Juri_Uluots, lk 73
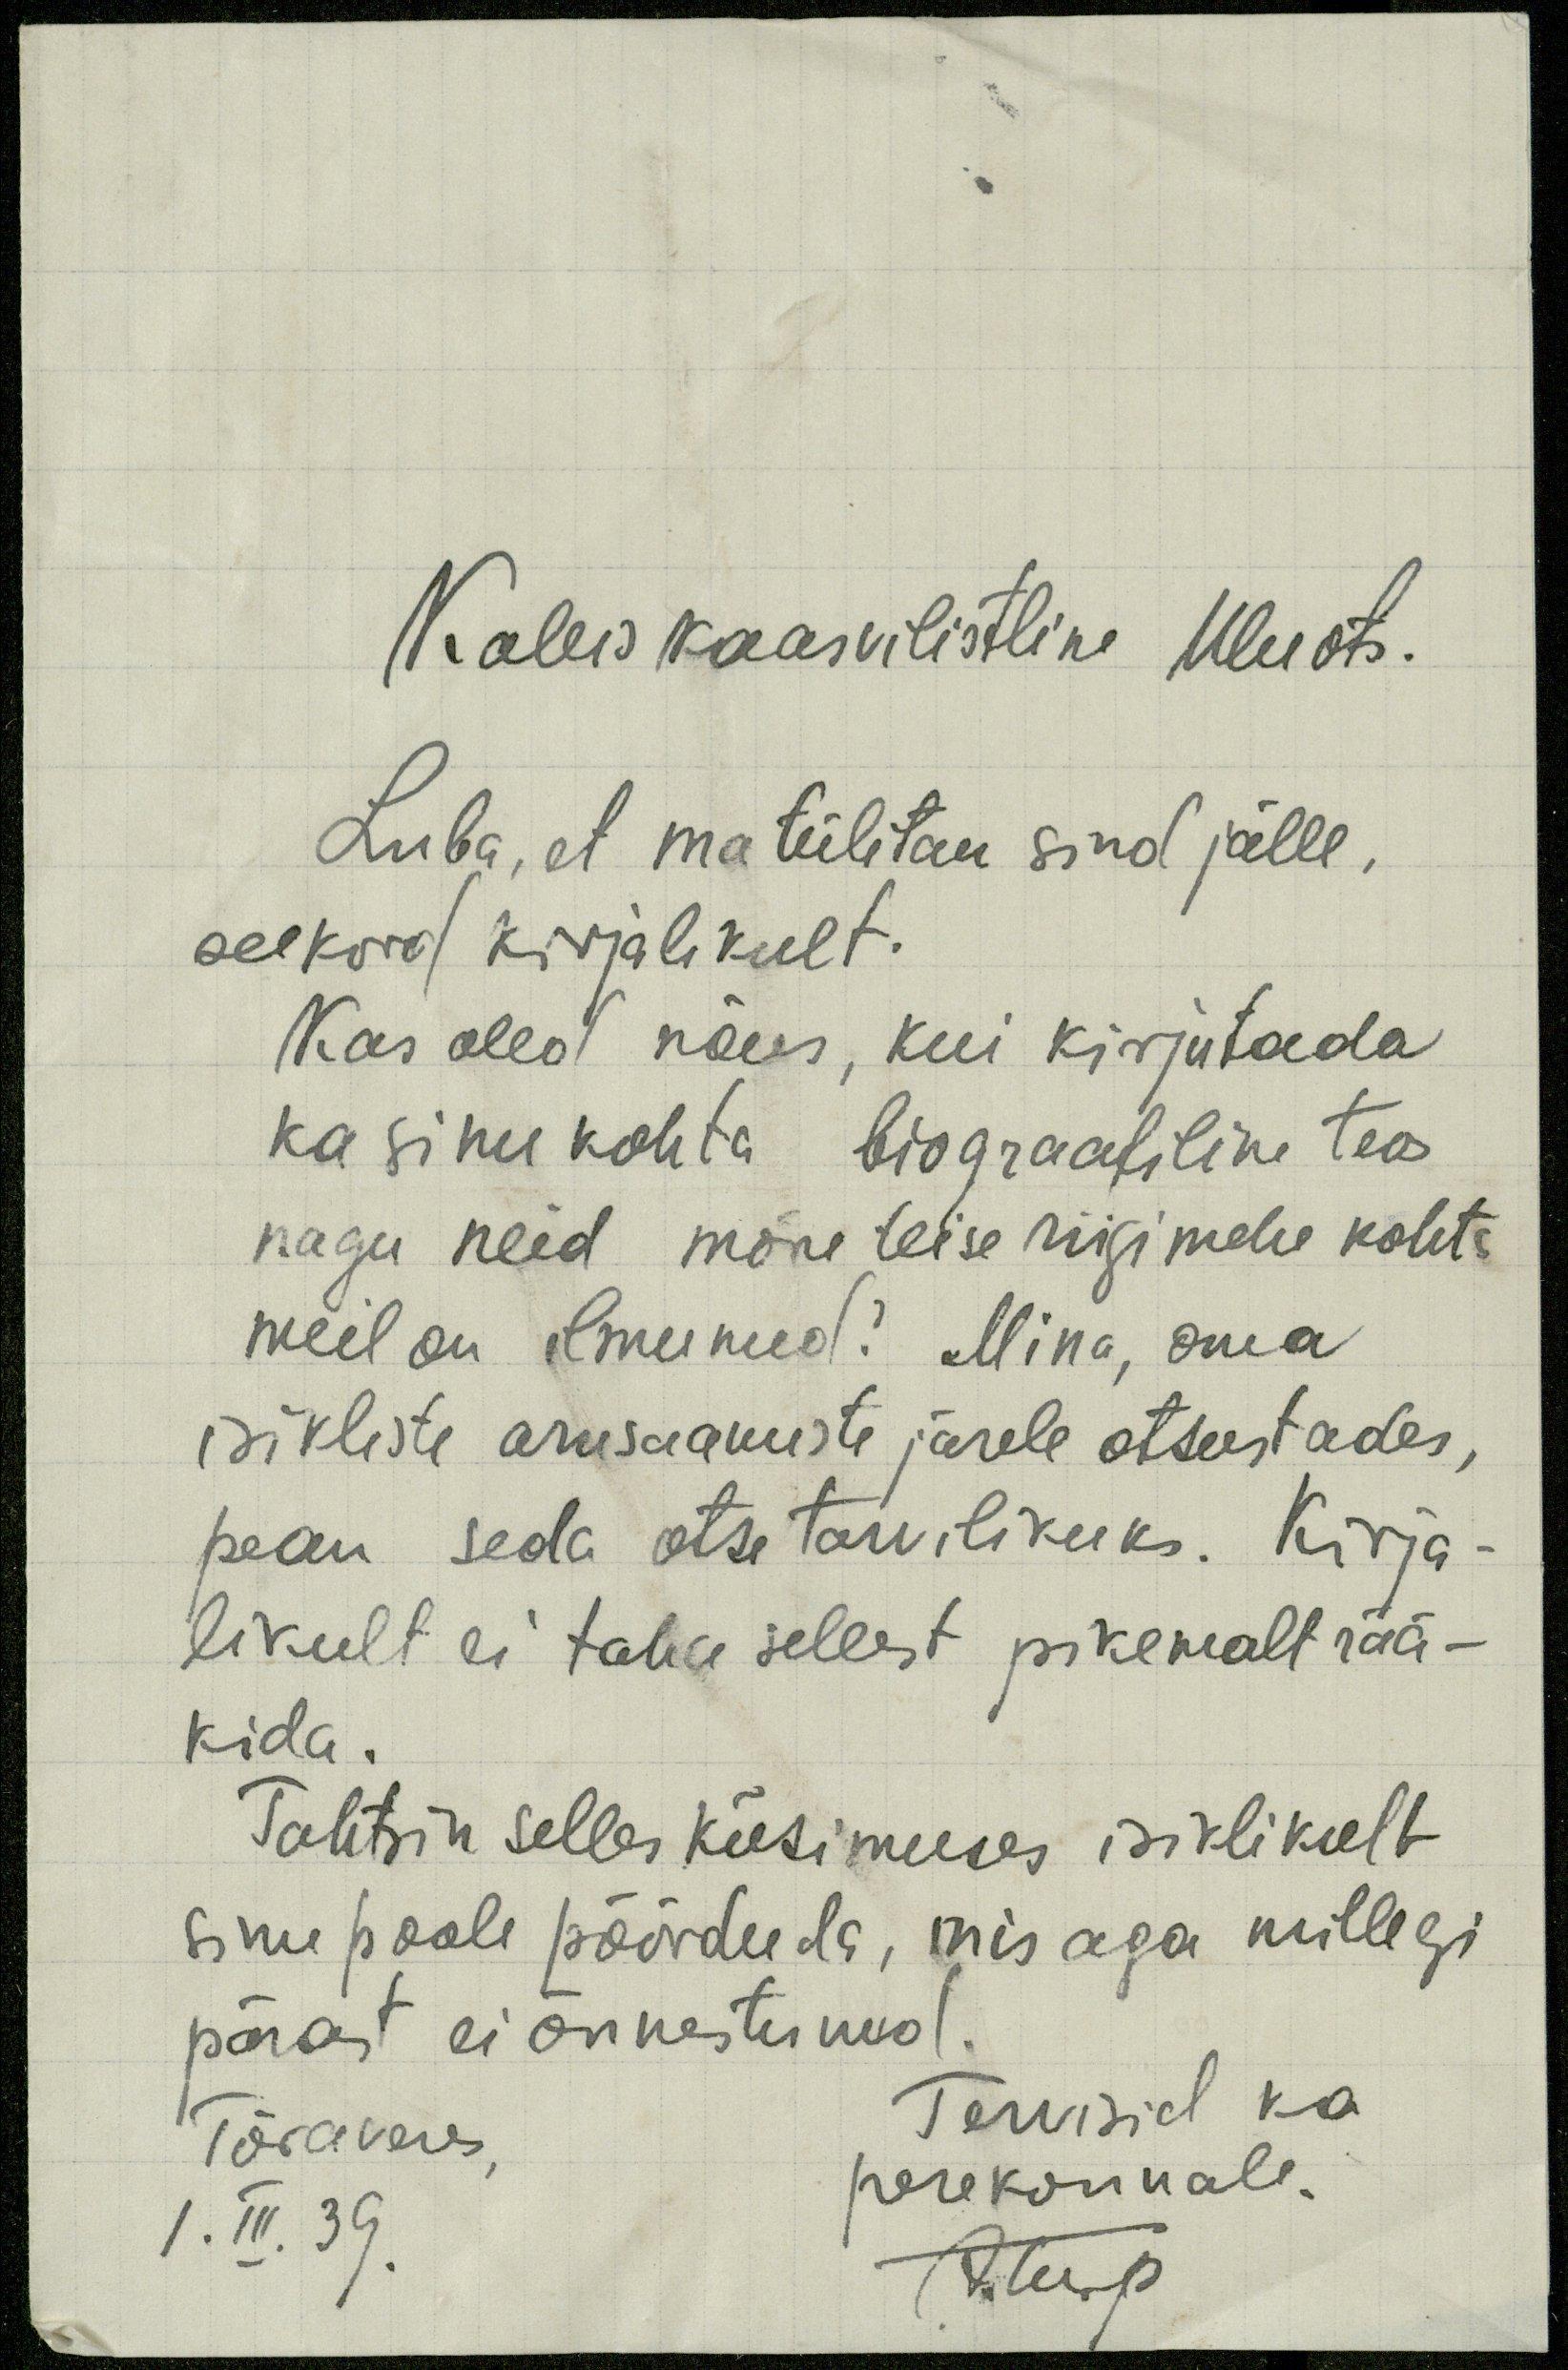
Kallis kaasvilistline Uluots.
Luba, et ma tülitan sind jälle,
seekord kirjalikult.
Kas oled nõus, kui kirjutada
ka sinu kohta biograafiline teos
nagu neid mõne teise riigimehe kohta
meil on ilmunud? Mina, oma
isikliste arusaamiste järele otsustades,
pean seda otse tarvilikuks. Kirja-
likult ei taha sellest pikemalt rää-
kida.
Tahtsin selles küsimuses isiklikult
sinu poole pöörduda, mis aga millegi
pärast ei õnnestunud.
Tõraveres,
Tervisid ka
perekonnale.
I. III. 39.
ATup